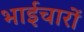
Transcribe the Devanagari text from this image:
भाईचारों